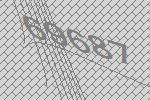
69687